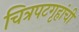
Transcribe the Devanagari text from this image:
चित्रपटगृहांची